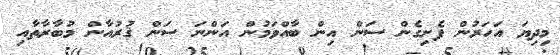
މިދިޔަ އަހަރުން ފެށިގެން ސަން އިން ބާއްވަމުން އަންނަ ސަން ޤުރުއާން މުބާރާތާއި